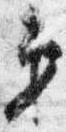
第